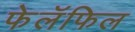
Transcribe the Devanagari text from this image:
फेलॅफिल